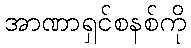
အာဏာရှင်စနစ်ကို